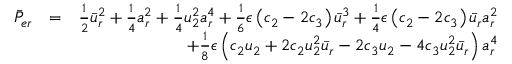
\begin{array} { r l r } { \bar { P } _ { e r } } & { = } & { \frac { 1 } { 2 } \bar { u } _ { r } ^ { 2 } + \frac { 1 } { 4 } a _ { r } ^ { 2 } + \frac { 1 } { 4 } u _ { 2 } ^ { 2 } a _ { r } ^ { 4 } + \frac { 1 } { 6 } \epsilon \left( c _ { 2 } - 2 c _ { 3 } \right) \bar { u } _ { r } ^ { 3 } + \frac { 1 } { 4 } \epsilon \left( c _ { 2 } - 2 c _ { 3 } \right) \bar { u } _ { r } a _ { r } ^ { 2 } } \\ & { } & { \mathrm + \frac { 1 } { 8 } \epsilon \left( c _ { 2 } u _ { 2 } + 2 c _ { 2 } u _ { 2 } ^ { 2 } \bar { u } _ { r } - 2 c _ { 3 } u _ { 2 } - 4 c _ { 3 } u _ { 2 } ^ { 2 } \bar { u } _ { r } \right) a _ { r } ^ { 4 } } \end{array}